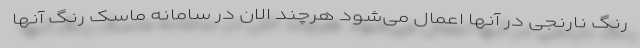
رنگ نارنجی در آنها اعمال می‌شود هرچند الان در سامانه ماسک رنگ آنها